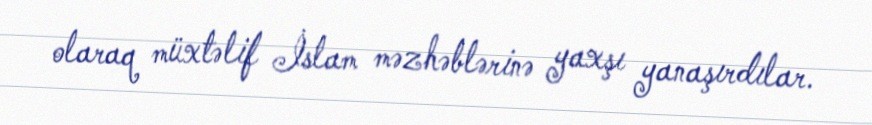
olaraq müxtəlif İslam məzhəblərinə yaxşı yanaşırdılar.